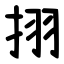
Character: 挧